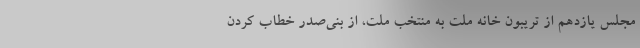
مجلس یازدهم از تریبون خانه ملت به منتخب ملت، از بنی‌صدر خطاب کردن